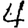
Digit: 4